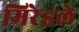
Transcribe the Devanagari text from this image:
मिरेइले